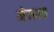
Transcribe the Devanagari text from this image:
मेजवत